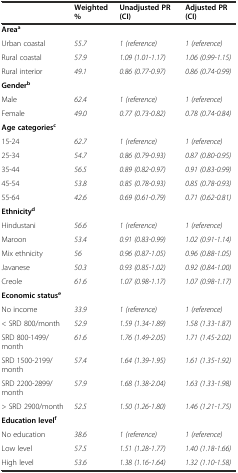
<table><thead><tr><td></td><td><b>Weighted %</b></td><td><b>Unadjusted PR (CI)</b></td><td><b>Adjusted PR (CI)</b></td></tr></thead><tbody><tr><td><b>Area</b><sup><b>a</b></sup></td><td></td><td></td><td></td></tr><tr><td>Urban coastal</td><td><i>55.7</i></td><td><i>1 (reference)</i></td><td><i>1 (reference)</i></td></tr><tr><td>Rural coastal</td><td><i>57.9</i></td><td><i>1.09 (1.01-1.17)</i></td><td><i>1.06 (0.99-1.15)</i></td></tr><tr><td>Rural interior</td><td><i>49.1</i></td><td><i>0.86 (0.77-0.97)</i></td><td><i>0.86 (0.74-0.99)</i></td></tr><tr><td><b>Gender</b><sup><b>b</b></sup></td><td></td><td></td><td></td></tr><tr><td>Male</td><td><i>62.4</i></td><td><i>1 (reference)</i></td><td><i>1 (reference)</i></td></tr><tr><td>Female</td><td><i>49.0</i></td><td><i>0.77 (0.73-0.82)</i></td><td><i>0.78 (0.74-0.84)</i></td></tr><tr><td><b>Age categories</b><sup><b>c</b></sup></td><td></td><td></td><td></td></tr><tr><td>15-24</td><td><i>62.7</i></td><td><i>1 (reference)</i></td><td><i>1 (reference)</i></td></tr><tr><td>25-34</td><td><i>54.7</i></td><td><i>0.86 (0.79-0.93)</i></td><td><i>0.87 (0.80-0.95)</i></td></tr><tr><td>35-44</td><td><i>56.5</i></td><td><i>0.89 (0.82-0.97)</i></td><td><i>0.91 (0.83-0.99)</i></td></tr><tr><td>45-54</td><td><i>53.8</i></td><td><i>0.85 (0.78-0.93)</i></td><td><i>0.85 (0.78-0.93)</i></td></tr><tr><td>55-64</td><td><i>42.6</i></td><td><i>0.69 (0.61-0.79)</i></td><td><i>0.71 (0.62-0.81)</i></td></tr><tr><td><b>Ethnicity</b><sup><b>d</b></sup></td><td></td><td></td><td></td></tr><tr><td>Hindustani</td><td><i>56.6</i></td><td><i>1 (reference)</i></td><td><i>1 (reference)</i></td></tr><tr><td>Maroon</td><td><i>53.4</i></td><td><i>0.91 (0.83-0.99)</i></td><td><i>1.02 (0.91-1.14)</i></td></tr><tr><td>Mix ethnicity</td><td><i>56</i></td><td><i>0.96 (0.87-1.05)</i></td><td><i>0.96 (0.88-1.05)</i></td></tr><tr><td>Javanese</td><td><i>50.3</i></td><td><i>0.93 (0.85-1.02)</i></td><td><i>0.92 (0.84-1.00)</i></td></tr><tr><td>Creole</td><td><i>61.6</i></td><td><i>1.07 (0.98-1.17)</i></td><td><i>1.07 (0.98-1.17)</i></td></tr><tr><td><b>Economic status</b><sup><b>e</b></sup></td><td></td><td></td><td></td></tr><tr><td>No income</td><td><i>33.9</i></td><td><i>1 (reference)</i></td><td><i>1 (reference)</i></td></tr><tr><td>&lt; SRD 800/month</td><td><i>52.9</i></td><td><i>1.59 (1.34-1.89)</i></td><td><i>1.58 (1.33-1.87)</i></td></tr><tr><td>SRD 800-1499/month</td><td><i>61.6</i></td><td><i>1.76 (1.49-2.05)</i></td><td><i>1.71 (1.45-2.02)</i></td></tr><tr><td>SRD 1500-2199/month</td><td><i>57.4</i></td><td><i>1.64 (1.39-1.95)</i></td><td><i>1.61 (1.35-1.92)</i></td></tr><tr><td>SRD 2200-2899/month</td><td><i>57.9</i></td><td><i>1.68 (1.38-2.04)</i></td><td><i>1.63 (1.33-1.98)</i></td></tr><tr><td>&gt; SRD 2900/month</td><td><i>52.5</i></td><td><i>1.50 (1.26-1.80)</i></td><td><i>1.46 (1.21-1.75)</i></td></tr><tr><td><b>Education level</b><sup><b>f</b></sup></td><td></td><td></td><td></td></tr><tr><td>No education</td><td><i>38.6</i></td><td><i>1 (reference)</i></td><td><i>1 (reference)</i></td></tr><tr><td>Low level</td><td><i>57.5</i></td><td><i>1.51 (1.28-1.77)</i></td><td><i>1.40 (1.18-1.66)</i></td></tr><tr><td>High level</td><td><i>53.6</i></td><td><i>1.38 (1.16-1.64)</i></td><td><i>1.32 (1.10-1.58)</i></td></tr></tbody></table>